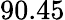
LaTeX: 90.45